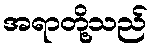
အရာတို့သည်